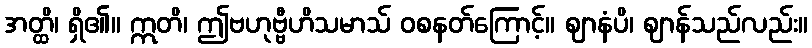
အတ္ထိ၊ ရှိ၏။ ဣတိ၊ ဤဗဟုဗ္ဗီဟိသမာသ် ဝစနတ်ကြောင့်။ ဈာနံပိ၊ ဈာန်သည်လည်း။